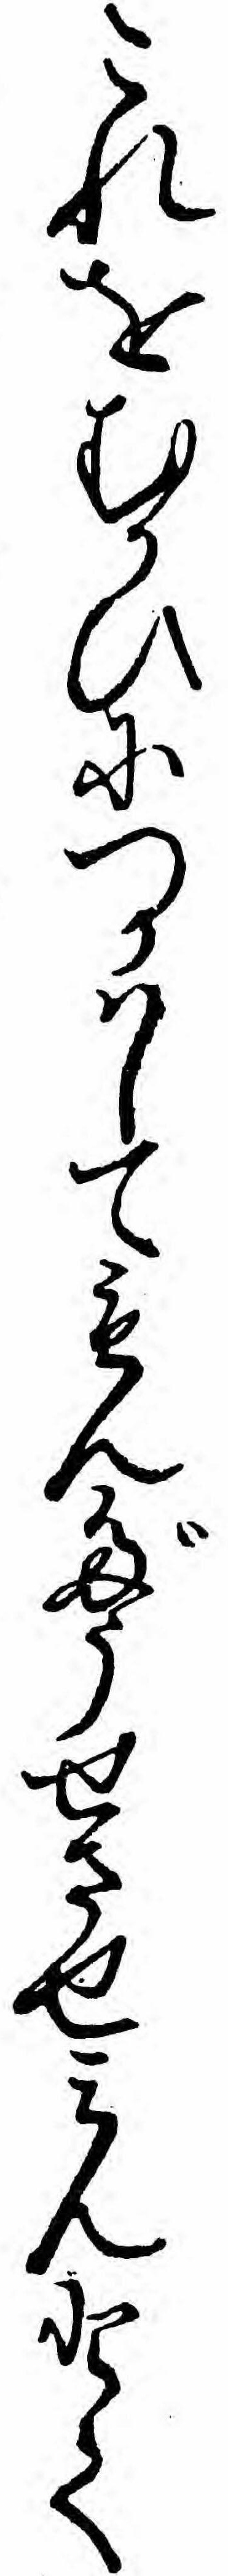
これをむかひにつかハしてもんだうせさせミんとて